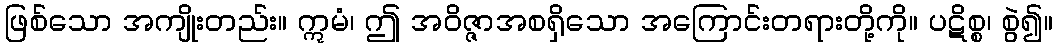
ဖြစ်သော အကျိုးတည်း။ ဣမံ၊ ဤ အဝိဇ္ဇာအစရှိသော အကြောင်းတရားတို့ကို။ ပဋိစ္စ၊ စွဲ၍။